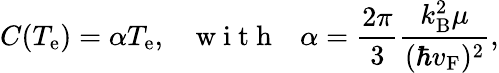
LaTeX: C(T_{\mathrm{e}})=\alpha T_{\mathrm{e}},~~~\mathrm{~w~i~t~h~}~~~\alpha=\frac{2\pi}{3}\frac{k_{\mathrm{B}}^{2}\mu}{(\hbar v_{\mathrm{F}})^{2}},